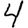
Digit: 4